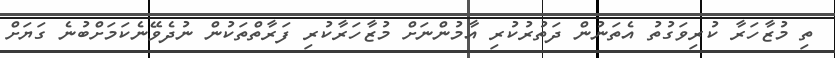
ތި މުޒާހަރާ ކުރިވަގުތު އެތަނުން ދަތުރުކުރި އާމުންނަށް މުޒާހަރާކުރި ފަރާތްތަކުން ނުދެވޭނެކަމަށްބުނެ ގަޔަށް